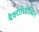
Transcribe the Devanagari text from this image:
बैक्टीरियोसिन